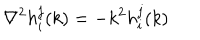
\nabla ^ { 2 } h _ { i } ^ { j } ( k ) = - k ^ { 2 } h _ { i } ^ { j } ( k )